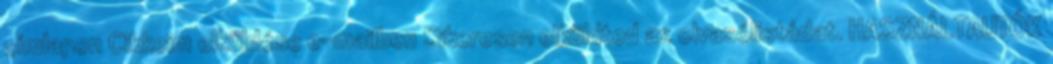
címlapon Cikkeim elküldése e-mailben Sikeresen elküldted az olvasólistádat. HASZNÁLTAUTÓK